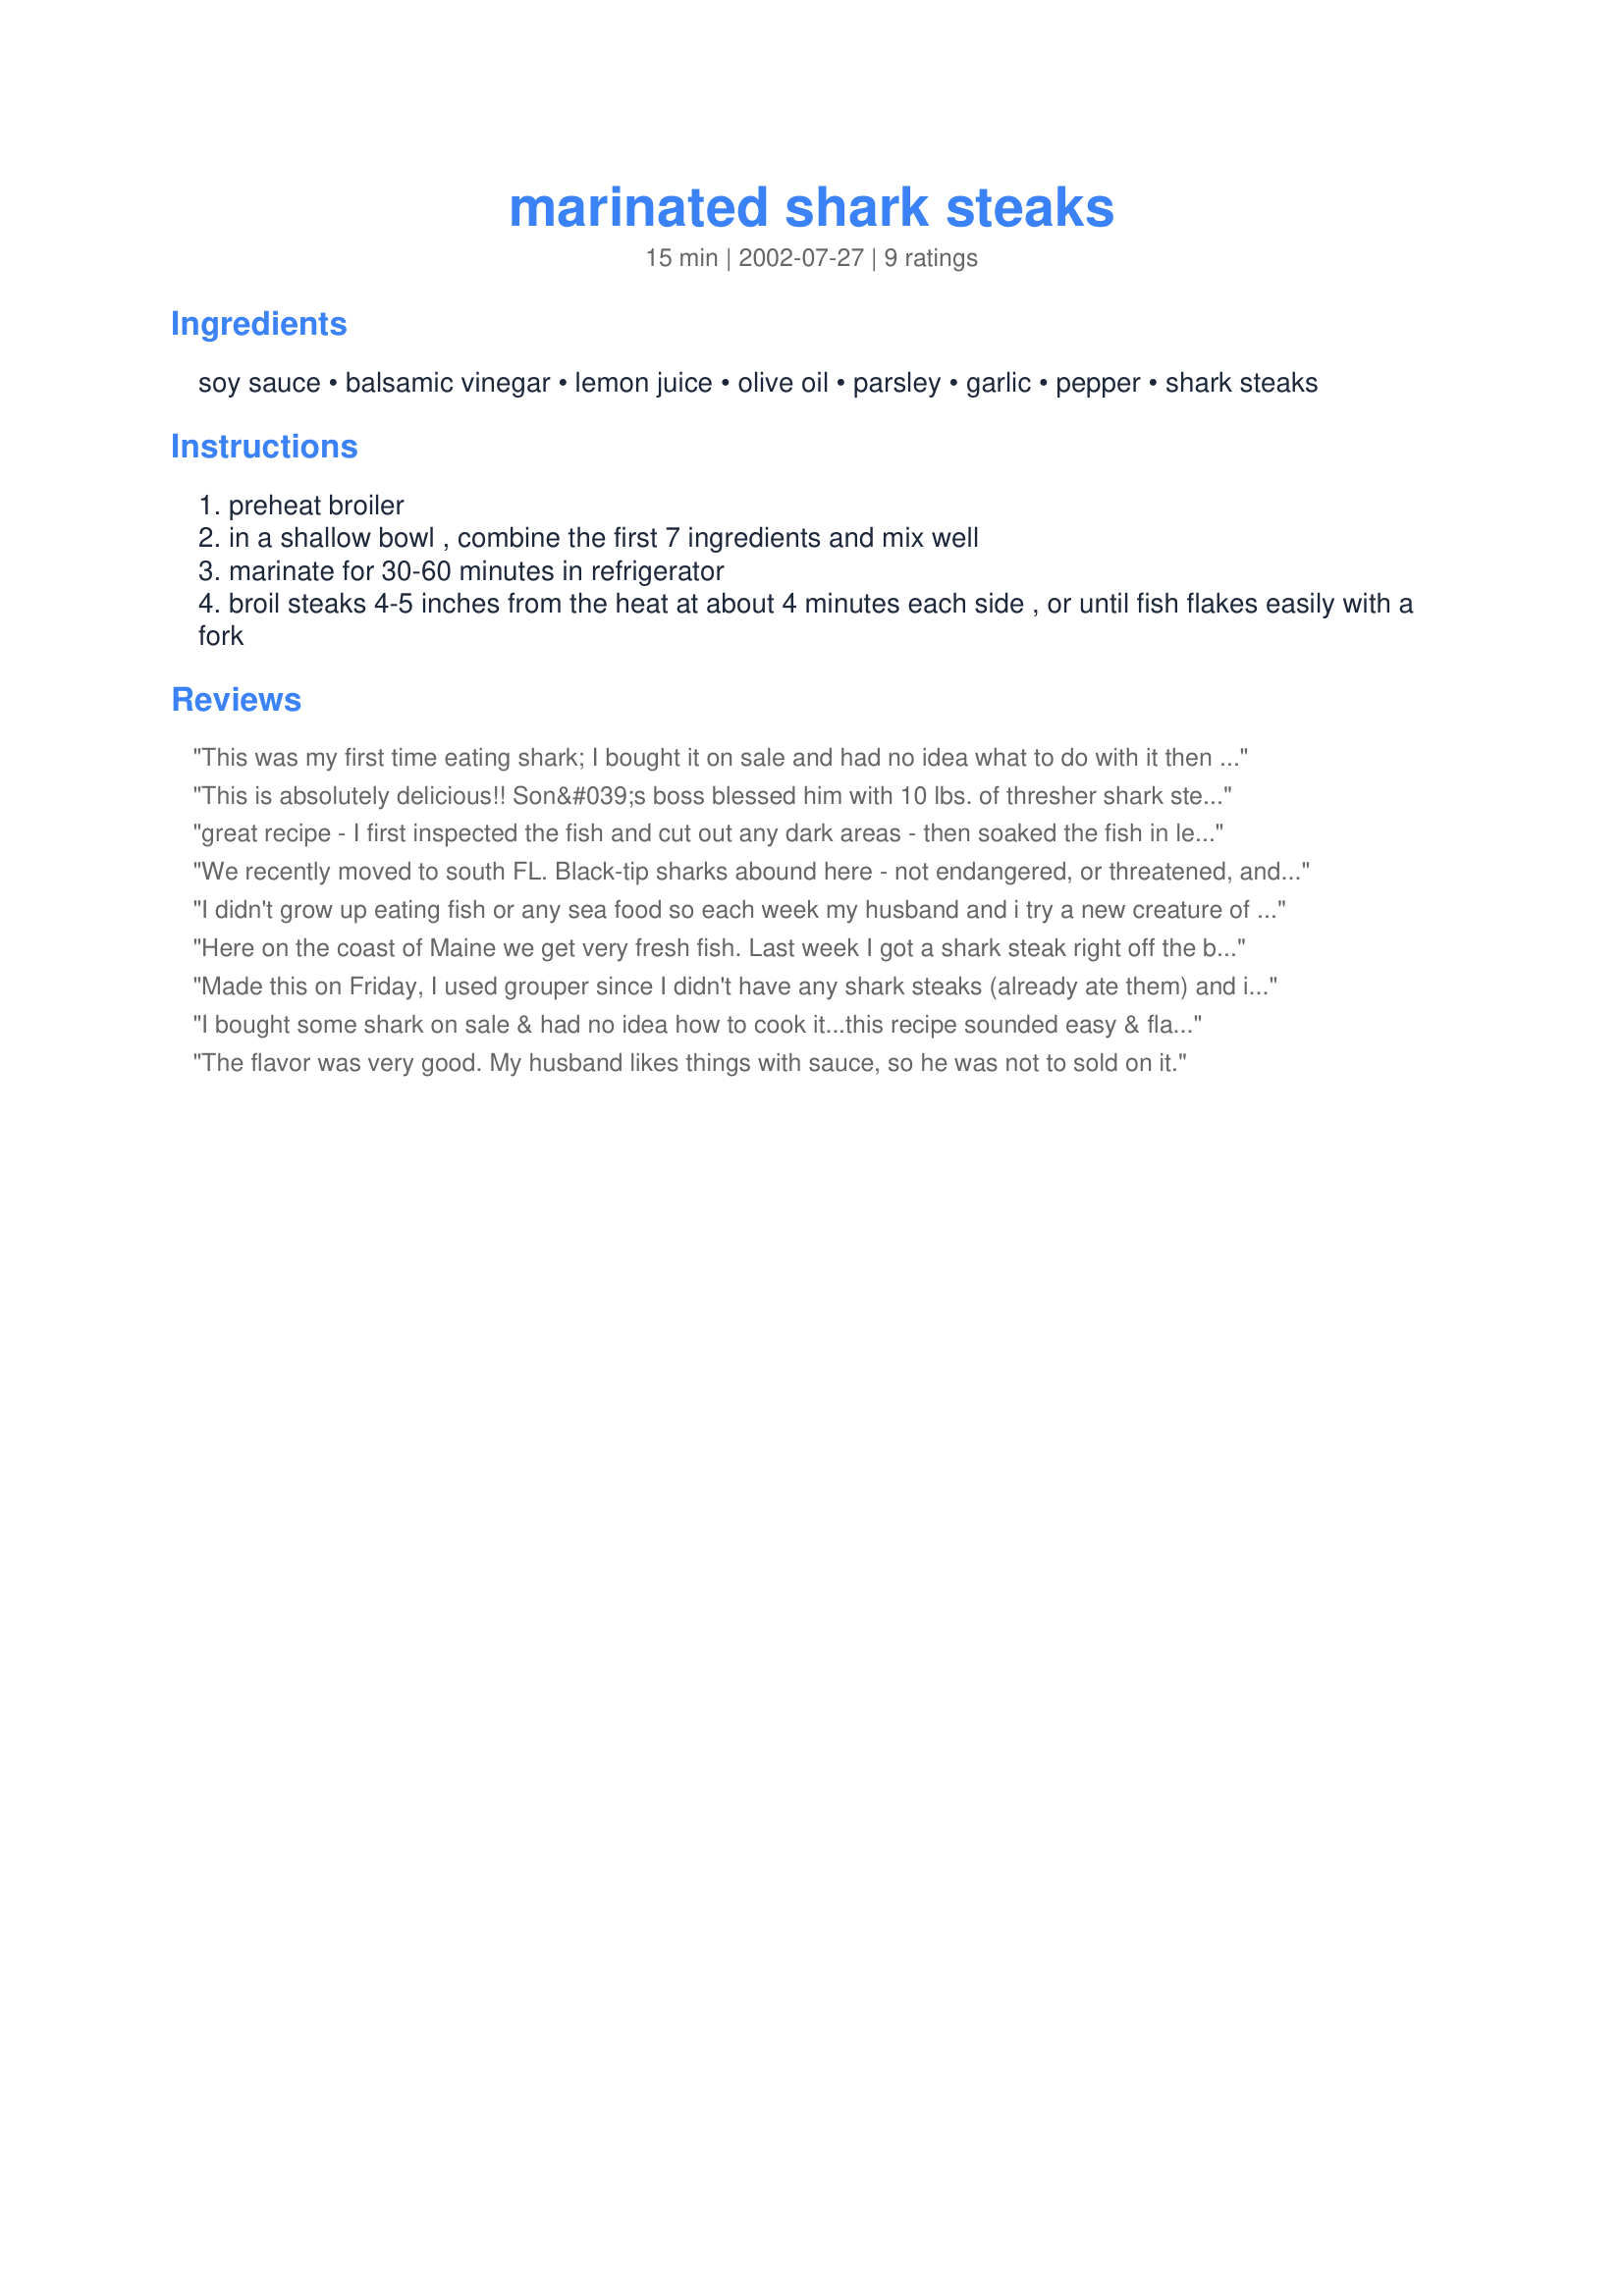
marinated shark steaks
Preparation time: 15 minutes

Ingredients:
soy sauce, balsamic vinegar, lemon juice, olive oil, parsley, garlic, pepper, shark steaks

Steps:
preheat broiler
in a shallow bowl , combine the first 7 ingredients and mix well
marinate for 30-60 minutes in refrigerator
broil steaks 4-5 inches from the heat at about 4 minutes each side , or until fish flakes easily with a fork

Reviews:
This was my first time eating shark; I bought it on sale and had no idea what to do with it then I searched and found this easy recipe. I made this for me and my mom, both of us doing low-carb dieting. She loved it; I didn't care for the shark taste itself, the marinade was fine. I will try this marinade recipe on other fish though. Thanks for posting!
This is absolutely delicious!! Son&#039;s boss blessed him with 10 lbs. of thresher shark steaks. We&#039;ve eaten shark prepared by others, but never having cooked it myself, I searched for recipes. Found this one, tried it several times, and the results have been perfect each time. I thoroughly pierced each piece with a sharp fork and marinated for the full hour. Tender and tasty!! Thank you!! Will try this with other fish as well!
great recipe - I first inspected the fish and cut out any dark areas - then soaked the fish in lemon water for several hours in the refrigerator. Removed and dried the fish and marinated as directed. Followed the recipe and got raves from all my quests. Loved it
We recently moved to south FL. Black-tip sharks abound here - not endangered, or threatened, and we obey bag limits. :) We learned from the locals the strict cleaning process...and we soaked the meat in fresh water overnight, then in milk for 6-8 hours. After that, however, I really had no idea how to go about cooking shark. (And, we were out of propane for the grill!) So, I found myself staring at this recipe last night...and it was a huge success!! Everyone - kids and hubby - loved it! I doubled everything, just because we had so much meat. Our "steaks" were also more like slender fillets...maybe that helped them absorb the flavor. Either way, this was terrific and it is going in the "Save" file!! Thanks!
I didn't grow up eating fish or any sea food so each week my husband and i try a new creature of the sea ;) and i must say there have been quite a few i didn't care for however this is not one of them A awesome
Here on the coast of Maine we get very fresh fish. Last week I got a shark steak right off the boat - and prepared it just as written. PERFECT! - I am having this again tonight. My DH loved it and this time he stopped to get a fresh shark steak. Maybe it's because it is so fresh - but it's great.
Made this on Friday, I used grouper since I didn't have any shark steaks (already ate them) and it was very good. The only other thing I did differently was to chop up a couple portabello mushrooms and a tomato into the bottom of my pan and put fish and marinade ontop. Will try this soon with shark on the barbie!
I bought some shark on sale & had no idea how to cook it...this recipe sounded easy & flavorful. It WAS easy, although my shark didn't absorb as much of the marinade flavor as I hoped, even though I let it sit 4 hours. Maybe that's just the nature of shark. I grilled it on a Foreman indoor grill and it came out with a nice dark/grilled appearance and pretty tasty, almost like chicken in texture but more tender. I'd make it again for sure!
The flavor was very good. My husband likes things with sauce, so he was not to sold on it.
